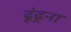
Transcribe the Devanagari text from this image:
ढूंढ्ना